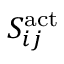
S _ { i j } ^ { \mathrm { { a c t } } }